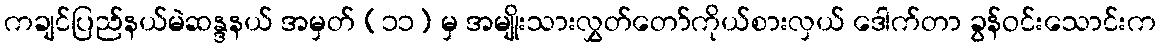
ကချင်ပြည်နယ်မဲဆန္ဒနယ် အမှတ် (၁၁) မှ အမျိုးသားလွှတ်တော်ကိုယ်စားလှယ် ဒေါက်တာ ခွန်ဝင်းသောင်းက